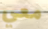
معي